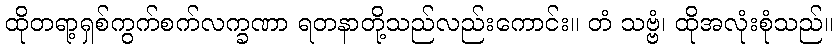
ထိုတရာ့ရှစ်ကွက်စက်လက္ခဏာ ရတနာတို့သည်လည်းကောင်း။ တံ သဗ္ဗံ၊ ထိုအလုံးစုံသည်။